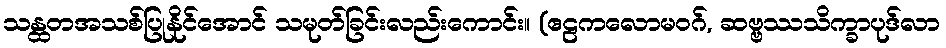
သန္ထတအသစ်ပြုနိုင်အောင် သမုတ်ခြင်းလည်းကောင်း။ (ဧဠကလောမဝဂ်, ဆဗ္ဗဿသိက္ခာပုဒ်လာ